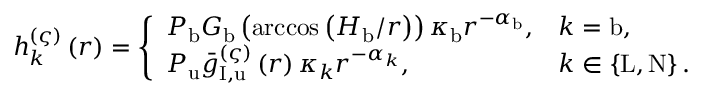
\begin{array} { r } { h _ { k } ^ { \left( \varsigma \right) } \left( r \right) = \left\{ \begin{array} { l l } { P _ { \mathrm { b } } G _ { \mathrm { b } } \left( \operatorname { a r c c o s } \left( H _ { \mathrm { b } } / r \right) \right) \kappa _ { \mathrm { b } } r ^ { - \alpha _ { \mathrm { b } } } , } & { k = \mathrm { b } , } \\ { P _ { \mathrm { u } } \bar { g } _ { \mathrm { I } , \mathrm { u } } ^ { \left( \varsigma \right) } \left( r \right) \kappa _ { k } r ^ { - \alpha _ { k } } , } & { k \in \left\{ \mathrm { L } , \mathrm { N } \right\} . } \end{array} \right. } \end{array}